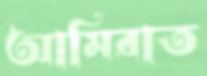
আমিরাত